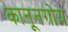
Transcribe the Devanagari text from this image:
कानूनगोय